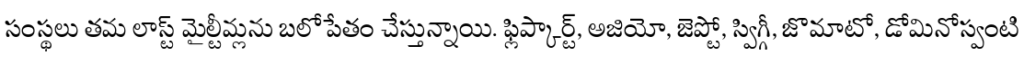
సంస్థలు తమ లాస్ట్ మైల్టీమ్లను బలోపేతం చేస్తున్నాయి. ఫ్లిప్కార్ట్, అజియో, జెప్టో, స్విగ్గీ, జొమాటో, డోమినోస్వంటి